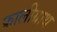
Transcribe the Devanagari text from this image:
फ्रालीग्राथ